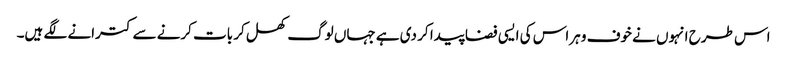
اس طرح انہوں نے خوف و ہراس کی ایسی فضا پیدا کر دی ہے جہاں لوگ کھل کر بات کرنے سے کترانے لگے ہیں۔